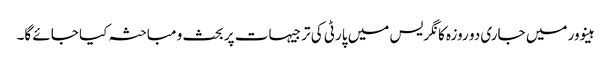
ہینوور میں جاری دو روزہ کانگریس میں پارٹی کی ترجیہات پر بحث و مباحثہ کیا جائے گا۔